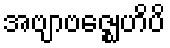
အဗျာဗဇ္ဈေဟိပိ